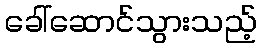
ခေါ်ဆောင်သွားသည့်